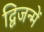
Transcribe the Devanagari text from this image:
द्विजन्में